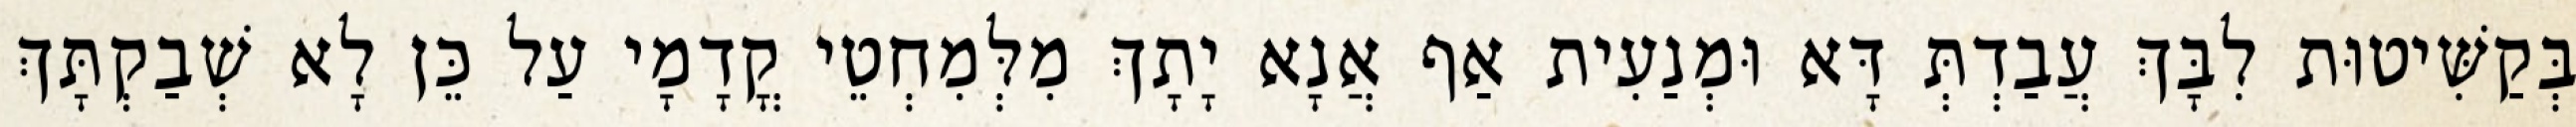
בְּקַשִּׁיטוּת לִבָּךְ עֲבַדְתְּ דָּא וּמְנַעִית אַף אֲנָא יָתָךְ מִלְּמִחְטֵי קֳדָמָי עַל כֵּן לָא שְׁבַקְתָּךְ